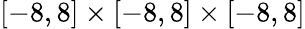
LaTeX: [-8,8]\times[-8,8]\times[-8,8]